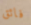
فائق